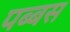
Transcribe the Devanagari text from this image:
पब्बस